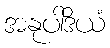
အနုပါဒိယံ